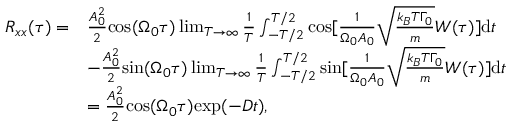
\begin{array} { r l } { R _ { x x } ( \tau ) = } & { \frac { A _ { 0 } ^ { 2 } } { 2 } \mathrm { c o s } ( \Omega _ { 0 } \tau ) \operatorname* { l i m } _ { T \rightarrow \infty } \frac { 1 } { T } \int _ { - T / 2 } ^ { T / 2 } \mathrm { c o s } [ \frac { 1 } { \Omega _ { 0 } A _ { 0 } } \sqrt { \frac { k _ { B } T \Gamma _ { 0 } } { m } } W ( \tau ) ] \mathrm { d } t } \\ & { - \frac { A _ { 0 } ^ { 2 } } { 2 } \mathrm { s i n } ( \Omega _ { 0 } \tau ) \operatorname* { l i m } _ { T \rightarrow \infty } \frac { 1 } { T } \int _ { - T / 2 } ^ { T / 2 } \mathrm { s i n } [ \frac { 1 } { \Omega _ { 0 } A _ { 0 } } \sqrt { \frac { k _ { B } T \Gamma _ { 0 } } { m } } W ( \tau ) ] \mathrm { d } t } \\ & { = \frac { A _ { 0 } ^ { 2 } } { 2 } \mathrm { c o s } ( \Omega _ { 0 } \tau ) \mathrm { e x p } ( - D t ) \mathrm { , } } \end{array}